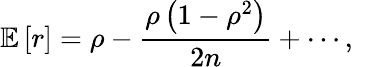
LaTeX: \operatorname{\mathbb{E}}\left[r\right]=\rho-{\frac{\rho\left(1-\rho^{2}\right)}{2n}}+\cdots,\quad